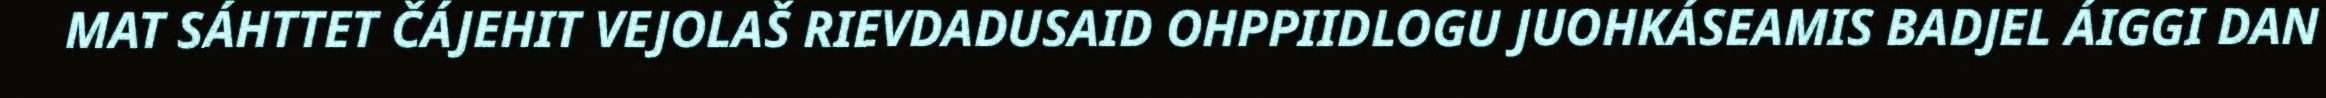
MAT SÁHTTET ČÁJEHIT VEJOLAŠ RIEVDADUSAID OHPPIIDLOGU JUOHKÁSEAMIS BADJEL ÁIGGI DAN